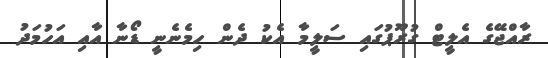
ރާއްޖޭގެ އެލީޓް ގުރޫޕުގައި ސަލީމާ އެކު ދެން ހިމެނެނީ ޑޯނާ އާއި އަހުމަދު